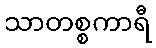
သာတစ္စကာရီ